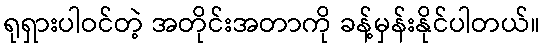
ရုရှားပါဝင်တဲ့ အတိုင်းအတာကို ခန့်မှန်းနိုင်ပါတယ်။